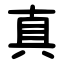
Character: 真